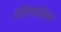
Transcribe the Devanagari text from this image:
मेलियोडोसिस